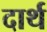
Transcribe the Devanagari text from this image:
दार्थ